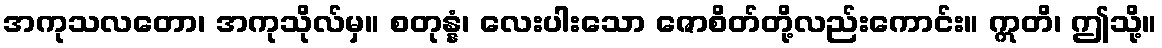
အကုသလတော၊ အကုသိုလ်မှ။ စတုန္နံ၊ လေးပါးသော ဇောစိတ်တို့လည်းကောင်း။ ဣတိ၊ ဤသို့။